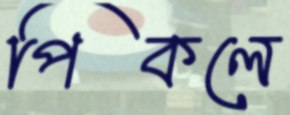
পিকলে